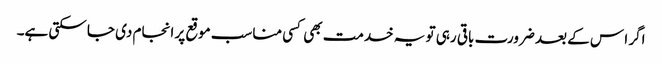
اگر ا س کے بعد ضرورت باقی رہی تو یہ خدمت بھی کسی مناسب موقع پر انجام دی جا سکتی ہے۔